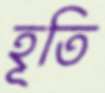
হূতি